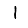
Digit: 1